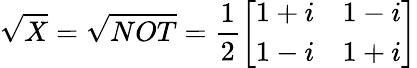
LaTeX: {\sqrt{X}}={\sqrt{NOT}}={\frac{1}{2}}{\left[\begin{array}{ll}{1+i}&{1-i}\\ {1-i}&{1+i}\end{array}\right]}